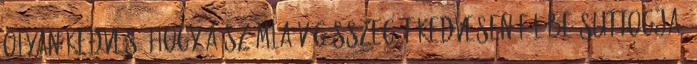
olyan kedves, hogy a számla végösszegét kedvesen fülébe suttogja: